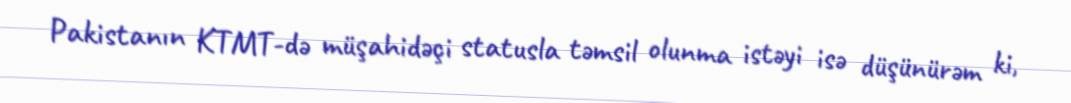
Pakistanın KTMT-də müşahidəçi statusla təmsil olunma istəyi isə düşünürəm ki,